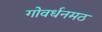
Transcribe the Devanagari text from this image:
गोवर्धनमठ